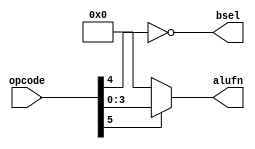
// INPUT = OPCODE (6-bit)
// OUTPUT = bsel (1-bit)
//          alufn (4-bit)
module control_logic_alu(
    input [5:0] opcode,
    output bsel,
    output [3:0] alufn
);

	// bsel = directly the inverse of the fifth bit
	assign bsel = ~opcode[4];

    // If OPCODE is OP or OPC, alufn = OPCODE[3:0], else alufn = 0 (Correspond to the ADD operation)
    assign alufn[3:0] = (opcode[5] == 1'b1) ? opcode[3:0] : 4'h0 ;

endmodule